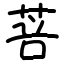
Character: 菩